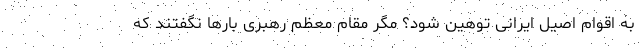
به اقوام اصیل ایرانی توهین شود؟ مگر مقام معظم رهبری بارها نگفتند که